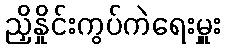
ညှိနှိုင်းကွပ်ကဲရေးမှူး